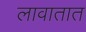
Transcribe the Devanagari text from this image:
लावातात